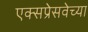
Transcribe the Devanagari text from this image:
एक्सप्रेसवेच्या